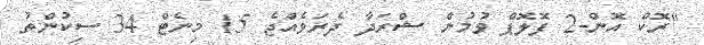
"ރޮކް އޮން-2 ފޮލޮޕް ވުމުން ޝްރަދާ ދެރަވެއްޖެ 15 މިނެޓް 34 ސިކުންތު